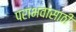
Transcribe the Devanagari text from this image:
पराभवासाठी